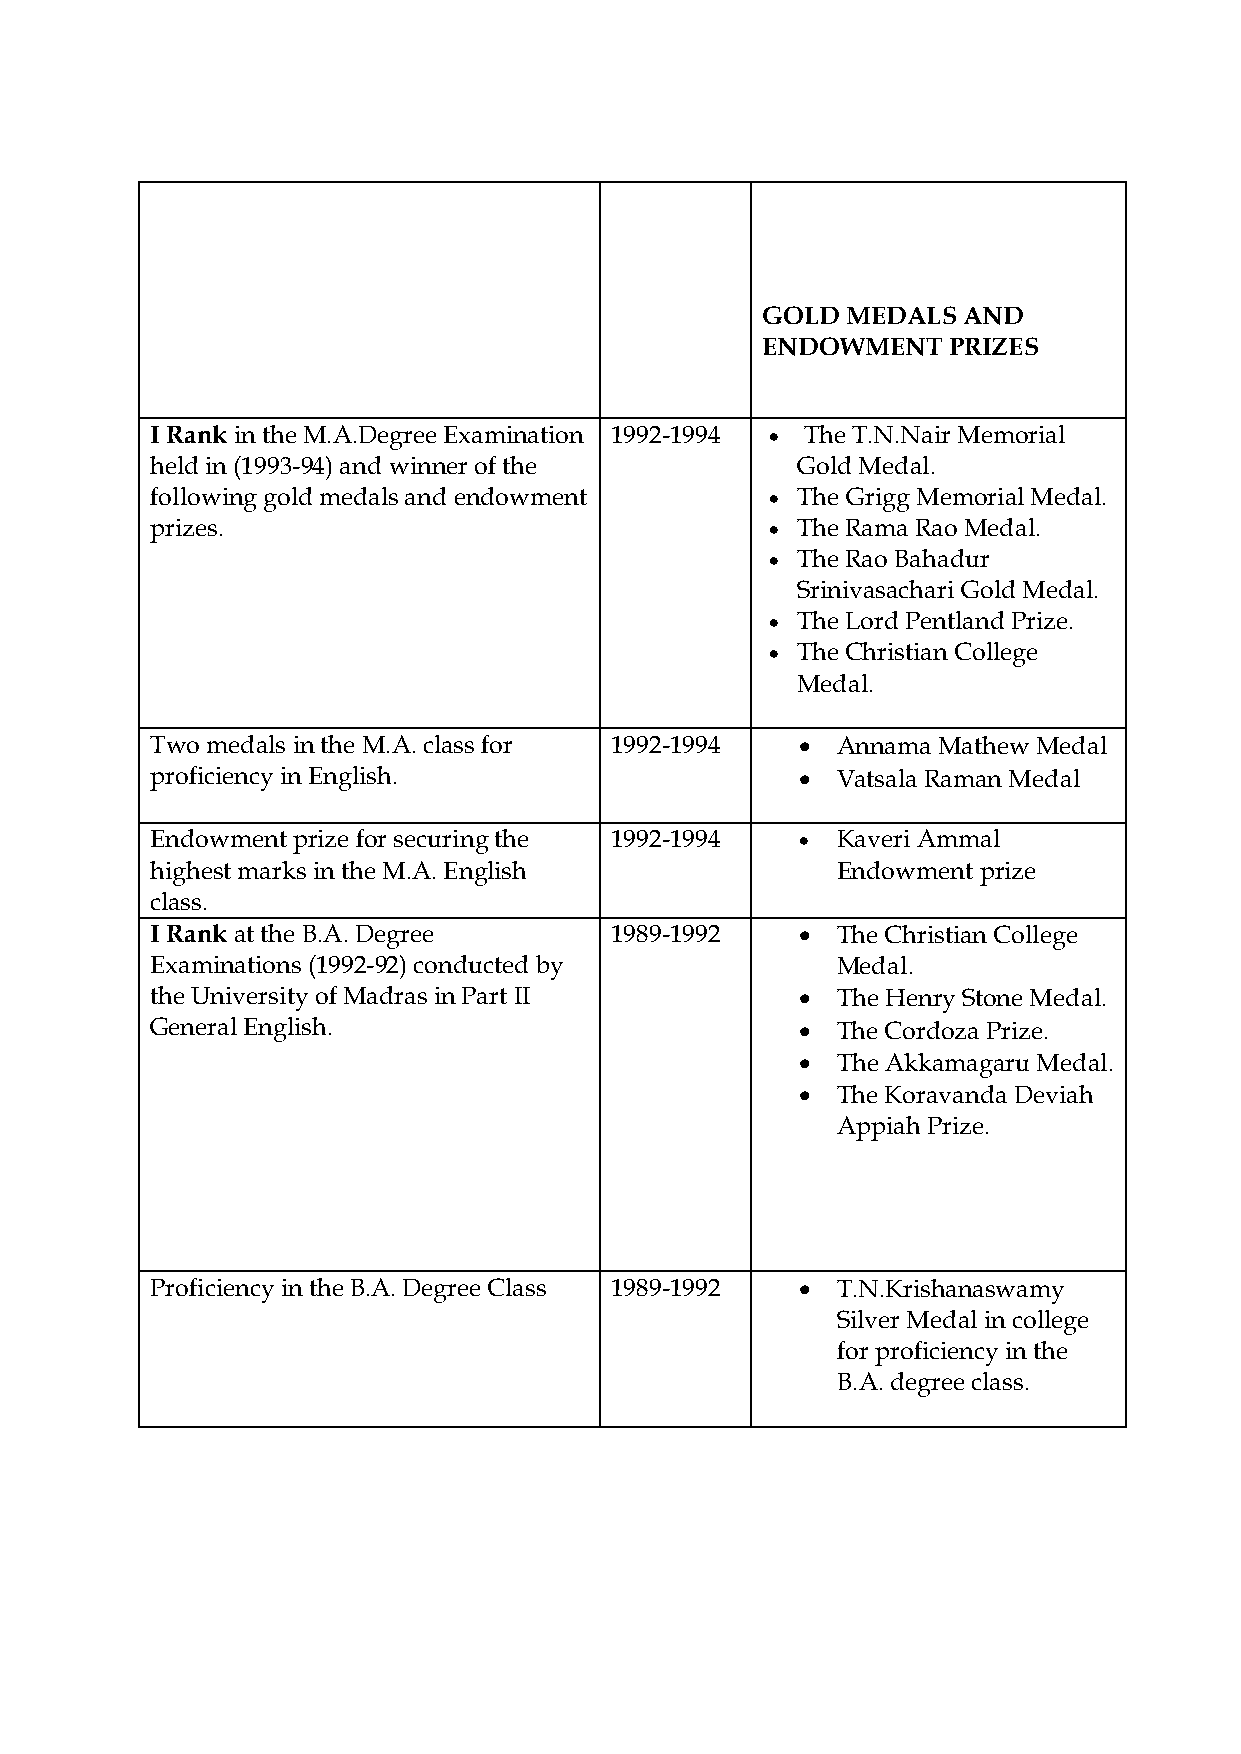
GOLD  MEDALS  AND
 ENDOWMENT    PRIZES
 I Rank in the M.A.Degree Examination 1992-1994 • The T.N.Nair Memorial
 held in (1993-94) and winner of the        Gold Medal.
 following gold medals and endowment      • The Grigg Memorial Medal.
 prizes.                                  • The Rama Rao Medal.
 • The Rao Bahadur
 Srinivasachari Gold Medal.
 • The Lord Pentland Prize.
 • The Christian College
 Medal.
 Two medals in the M.A. class for 1992-1994 • Annama Mathew Medal
 proficiency in English.                    • Vatsala Raman Medal
 Endowment prize for securing the 1992-1994 • Kaveri Ammal
 highest marks in the M.A. English            Endowment prize
 class.
 I Rank at the B.A. Degree     1989-1992    • The Christian College
 Examinations (1992-92) conducted by          Medal.
 the University of Madras in Part II        • The Henry Stone Medal.
 General English.                           • The Cordoza Prize.
 • The Akkamagaru Medal.
 • The Koravanda Deviah
 Appiah Prize.
 Proficiency in the B.A. Degree Class 1989-1992 • T.N.Krishanaswamy
 Silver Medal in college
 for proficiency in the
 B.A. degree class.